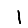
Digit: 1